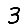
Digit: 3